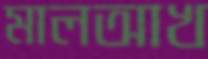
মালআখ